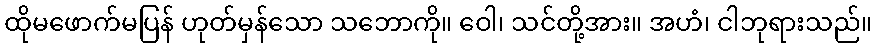
ထိုမဖောက်မပြန် ဟုတ်မှန်သော သဘောကို။ ဝေါ၊ သင်တို့အား။ အဟံ၊ ငါဘုရားသည်။